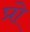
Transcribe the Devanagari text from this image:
प्रो़